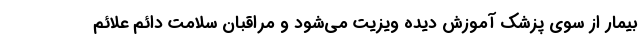
بیمار از سوی پزشک آموزش دیده ویزیت می‌شود و مراقبان سلامت دائم علائم